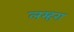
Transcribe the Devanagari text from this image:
लम्हरा